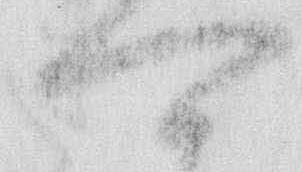
可